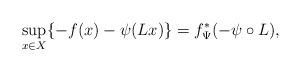
\begin{align*}\sup\limits_{x\in X}\{-f(x)-\psi(Lx)\} = f^*_{\Psi} (-\psi\circ L),\end{align*}